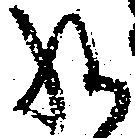
様